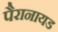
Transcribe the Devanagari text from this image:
पैरानायड